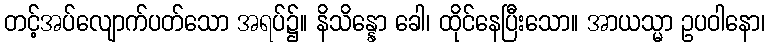
တင့်အပ်လျောက်ပတ်သော အရပ်၌။ နိသိန္နော ခေါ၊ ထိုင်နေပြီးသော။ အာယသ္မာ ဥပဝါနော၊